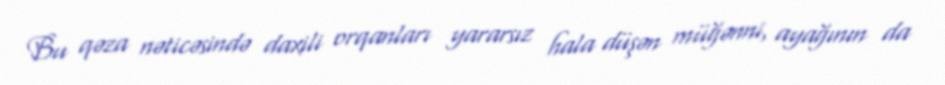
Bu qəza nəticəsində daxili orqanları yararsız hala düşən müğənni, ayağının da